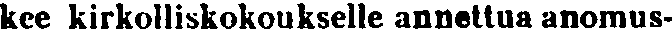
kee kirkolliskokoukselle annettua anomus-